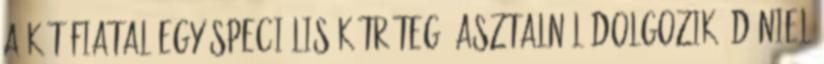
A két fiatal egy speciális kétrétegű asztalnál dolgozik: Dániel